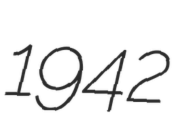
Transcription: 1942